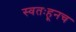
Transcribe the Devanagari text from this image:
स्वतःहूनच